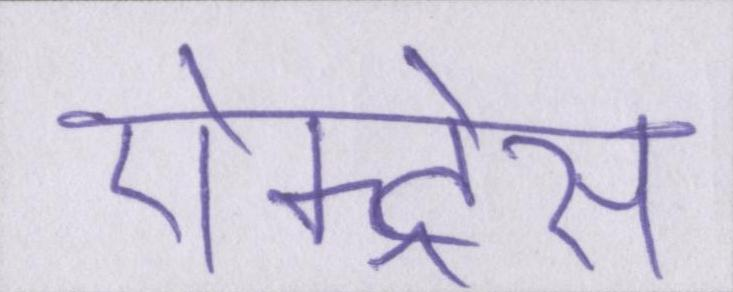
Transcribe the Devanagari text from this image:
ऐक्ट्रेस